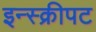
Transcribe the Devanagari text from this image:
इन्स्क्रीपट